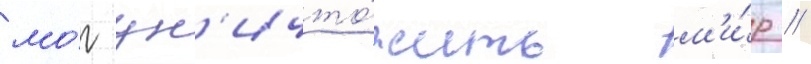
мо́г ун'ичто́жить м'и́р //